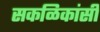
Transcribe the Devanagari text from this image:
सकळिकांसी